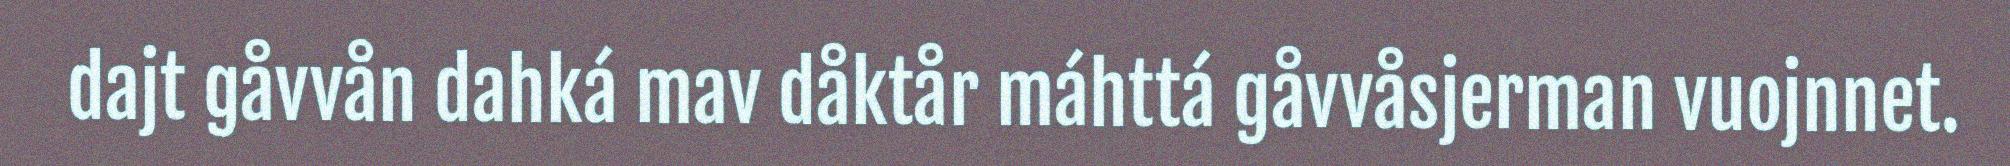
dajt gåvvån dahká mav dåktår máhttá gåvvåsjerman vuojnnet.